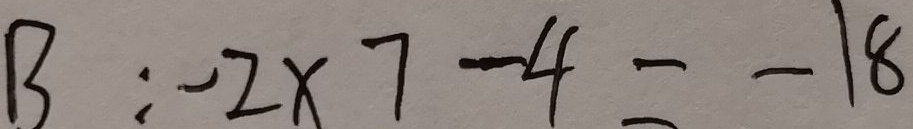
B : - 2 \times 7 - 4 = - 1 8